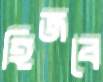
হিজবে